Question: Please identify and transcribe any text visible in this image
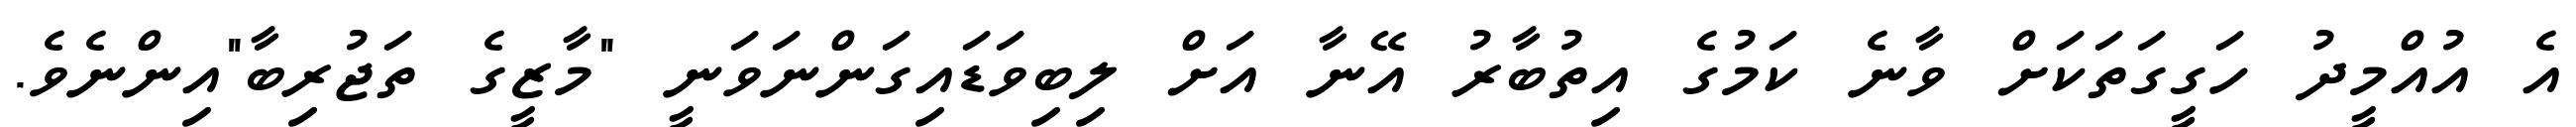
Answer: އެ އުއްމީދު ހަގީގަތަކަށް ވާނެ ކަމުގެ އިތުބާރު އޭނާ އަށް ލިބިވަޑައިގަންނަވަނީ "މާޒީގެ ތަޖުރިބާ"އިންނެވެ.